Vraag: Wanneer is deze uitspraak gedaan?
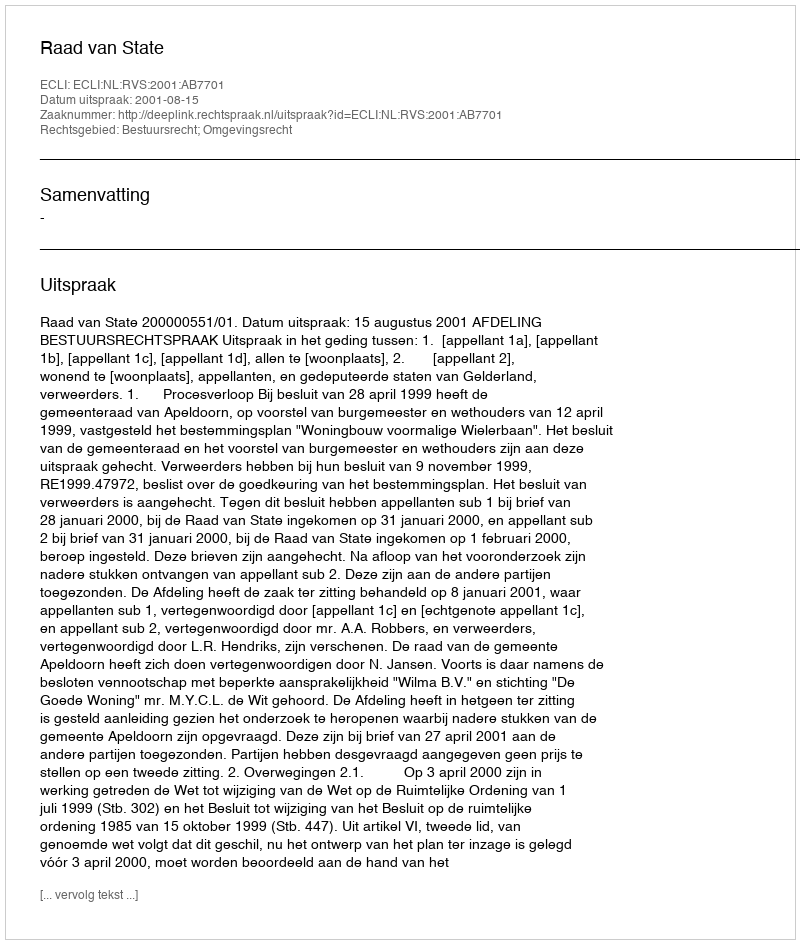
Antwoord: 2001-08-15